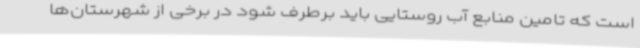
است که تامین منابع آب روستایی باید برطرف شود در برخی از شهرستان‌ها